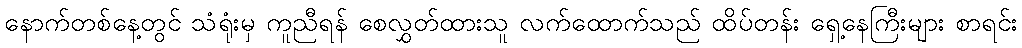
နောက်တစ်နေ့တွင် သံရုံးမှ ကူညီရန် စေလွှတ်ထားသူ လက်ထောက်သည် ထိပ်တန်း ရှေ့နေကြီးများ စာရင်း